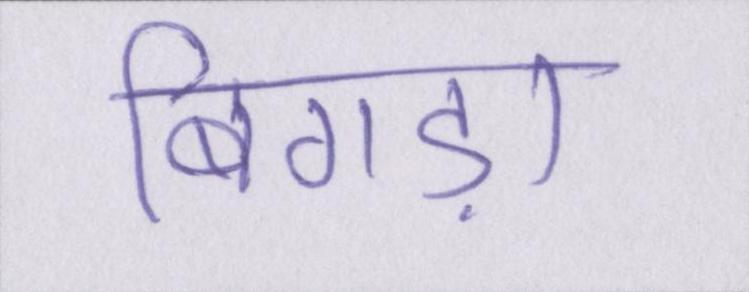
बिगड़ा